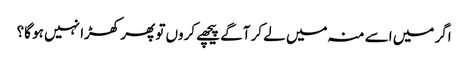
اگر میں اسے منہ میں لے کر آگے پیچھے کروں تو پھر کھڑا نہیں ہو گا؟